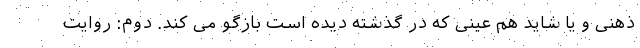
ذهنی و یا شاید هم عینی که در گذشته دیده است بازگو می کند. دوم: روایت